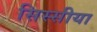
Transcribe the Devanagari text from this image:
सिस्सीया